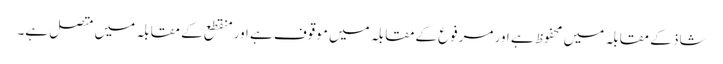
شاذ کے مقابلہ میں محفوظ ہے اور مرفوع کےمقابلہ میں موقوف ہے اور منقطع کے مقابلہ میں متصل ہے۔